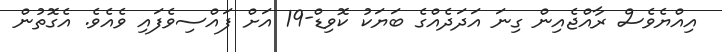
އިއްޔެވެސް ރާއްޖެއިން ގިނަ އަދަދެއްގެ ބަޔަކު ކޮވިޑް-19 އަށް ފައްސިވެފައި ވެއެވެ. އެގޮތުން